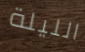
الليلة